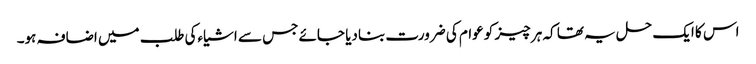
اس کا ایک حل یہ تھا کہ ہر چیز کو عوام کی ضرورت بنادیا جائے جس سے اشیاءکی طلب میں اضافہ ہو۔